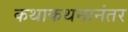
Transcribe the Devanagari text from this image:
कथाकथनानंतर